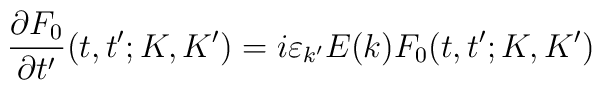
\frac{\partial F_{0}}{\partial t^{\prime }}(t,t^{\prime };K,K^{\prime})=i\varepsilon _{k^{\prime }}E(k)F_{0}(t,t^{\prime };K,K^{\prime })